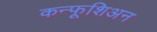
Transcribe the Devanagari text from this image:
कन्फूशिअन